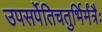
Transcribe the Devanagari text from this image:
उपसर्पेतिचतुर्भिर्मंत्रैः